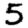
Digit: 5